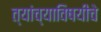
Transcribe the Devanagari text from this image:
त्यांच्याविषयीचे